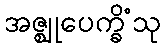
အဇ္ဈုပေက္ခိံသု